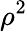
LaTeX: \rho^{2}